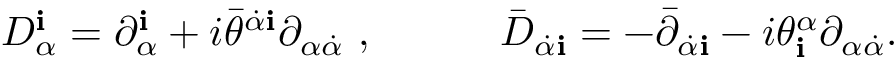
D _ { \alpha } ^ { \mathbf i } = \partial _ { \alpha } ^ { \mathbf i } + i { \bar { \theta } } ^ { \dot { \alpha } { \mathbf i } } \partial _ { \alpha \dot { \alpha } } \ , \qquad \quad { \bar { D } } _ { \dot { \alpha } { \mathbf i } } = - { \bar { \partial } } _ { \dot { \alpha } { \mathbf i } } - i { \theta } _ { \mathbf i } ^ { \alpha } \partial _ { \alpha \dot { \alpha } } .